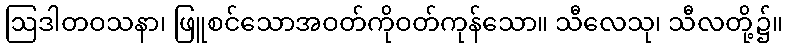
ဩဒါတဝသနာ၊ ဖြူစင်သောအဝတ်ကိုဝတ်ကုန်သော။ သီလေသု၊ သီလတို့၌။